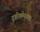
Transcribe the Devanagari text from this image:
दृष्टीकोनांच्या